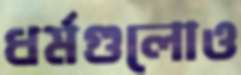
ধর্মগুলোও